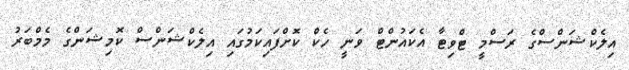
އިލެކްޝަންސްގެ ރަސްމީ ޓްވިޓާ އެކައުންޓް ވަނީ ހެކް ކޮށްފައިކަމުގައި އިލެކްޝަންސް ކޮމިޝަންގެ މެމްބަރު